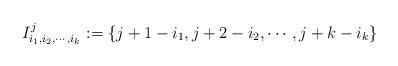
LaTeX: \begin{align*}I_{i_{1},i_{2},\cdots ,i_{k}}^{j}:=\{j+1-i_{1},j+2-i_{2},\cdots ,j+k-i_{k}\}\end{align*}